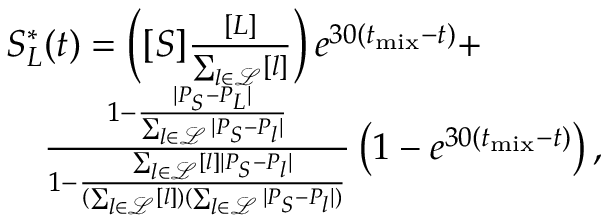
\begin{array} { r l } & { S _ { L } ^ { \ast } ( t ) = \left( [ S ] \frac { [ L ] } { \sum _ { l \in \mathcal { L } } [ l ] } \right) e ^ { 3 0 ( t _ { \mathrm { m i x } } - t ) } + } \\ & { \quad \frac { 1 - \frac { | P _ { S } - P _ { L } | } { \sum _ { l \in \mathcal { L } } | P _ { S } - P _ { l } | } } { 1 - \frac { \sum _ { l \in \mathcal { L } } [ l ] | P _ { S } - P _ { l } | } { ( \sum _ { l \in \mathcal { L } } [ l ] ) ( \sum _ { l \in \mathcal { L } } | P _ { S } - P _ { l } | ) } } \left( 1 - e ^ { 3 0 ( t _ { \mathrm { m i x } } - t ) } \right) , } \end{array}